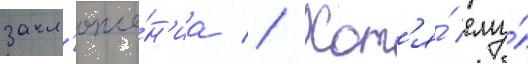
закл'юче́н'иа // Хот'я́ ему́